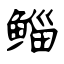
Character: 鲻